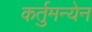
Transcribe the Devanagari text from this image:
कर्तुमन्येन